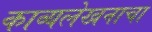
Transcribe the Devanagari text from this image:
काव्यलेखनाचा